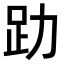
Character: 𧾼